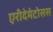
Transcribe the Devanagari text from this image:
एरीदेमेटोसस